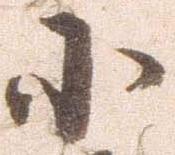
小